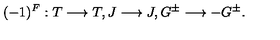
( - 1 ) ^ { F } : T \longrightarrow T , J \longrightarrow J , G ^ { \pm } \longrightarrow - G ^ { \pm } .